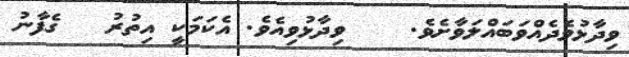
ވިދާޅުވެދެއްވަބައްލަވާށެވެ.    ވިދާޅުވިއެވެ. އެކަމަކީ އިތުރު   ގެފާނު